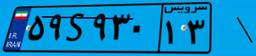
۵۹S۹۳۰۱۳